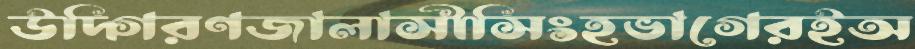
উদ্গিরণজালাসীসিংহভাগেরইঅ